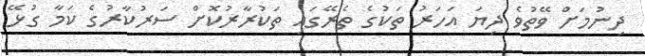
ދިނުމަށް ވޭތުވެ ދިޔަ އަހަރު ތަކުގެ ތެރޭގައި ތަކުރާރުކޮށް ސަރުކާރުގެ ކަމާ ގުޅޭ